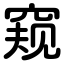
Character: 窥